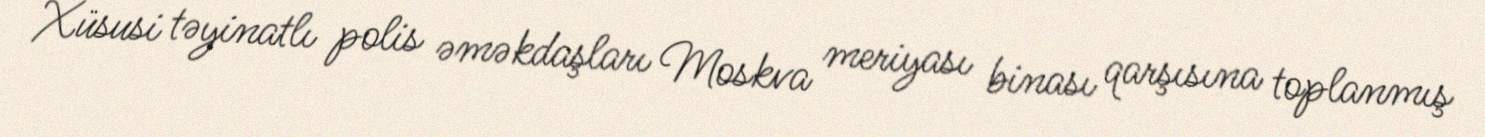
Xüsusi təyinatlı polis əməkdaşları Moskva meriyası binası qarşısına toplanmış